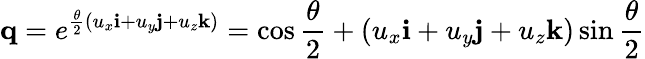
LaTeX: \mathbf{q}=e^{{\frac{\theta}{2}}{(u_{x}\mathbf{i}+u_{y}\mathbf{j}+u_{z}\mathbf{k})}}=\cos{\frac{\theta}{2}}+(u_{x}\mathbf{i}+u_{y}\mathbf{j}+u_{z}\mathbf{k})\sin{\frac{\theta}{2}}